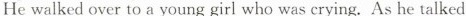
He walked over to a young girl who was crying.As he talked